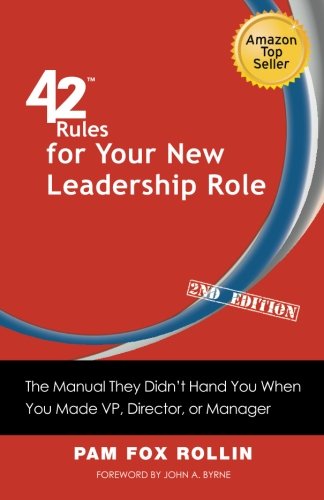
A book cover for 42 Rules for Your New Leadership Role (2nd Edition): The Manual They Didn't Hand You When You Made VP, Director, or Manager; Pam Fox Rollin; Business & Money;